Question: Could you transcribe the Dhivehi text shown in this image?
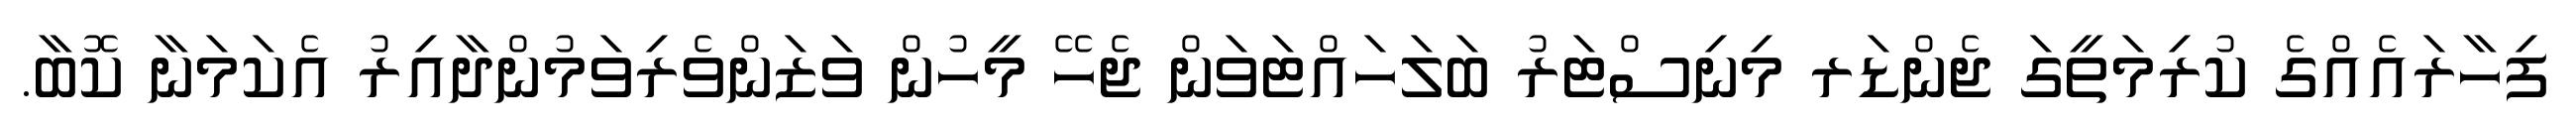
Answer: ފިހާރައެއްގެ ކުރިމަތީގަ ޖެންޑަރ މިނިސްޓަރު ބަލަހައްޓަވަން ޖެހޭ މީހުން ވަޒަންވެރިވަމުންދާއިރު އެކަމަނާ ކޮބާ.